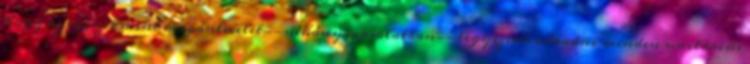
hogy az egészet mint magánlevelet--néhány masolatban--légyszives odaadni minden unitárius